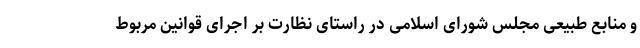
و منابع طبیعی مجلس شورای اسلامی در راستای نظارت بر اجرای قوانین مربوط